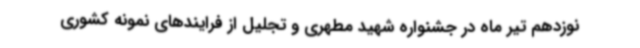
نوزدهم تیر ماه در جشنواره شهید مطهری و تجلیل از فرایندهای نمونه کشوری